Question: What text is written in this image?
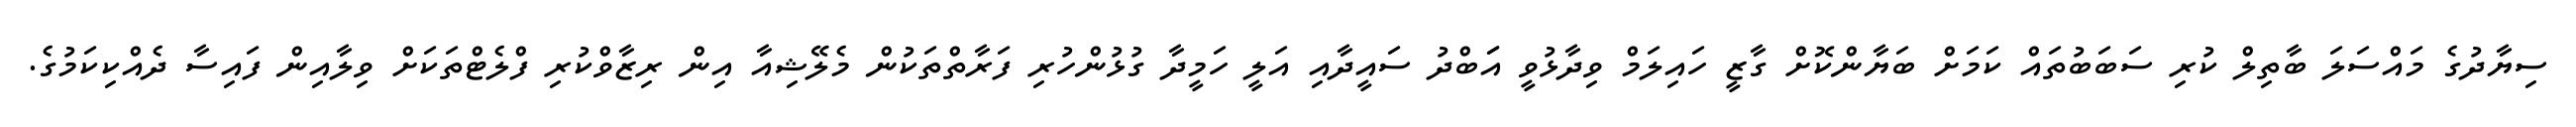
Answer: ސިޔާދުގެ މައްސަލަ ބާތިލް ކުރި ސަބަބުތައް ކަމަށް ބަޔާންކޮށް ގާޒީ ހައިލަމް ވިދާޅުވީ އަަބްދު ސައީދާއި އަލީ ހަމީދާ ގުޅުންހުރި ފަރާތްތަކުން މެލޭޝިއާ އިން ރިޒާވްކުރި ފްލެޓްތަކަށް ވިލާއިން ފައިސާ ދެއްކިކަމުގެ.